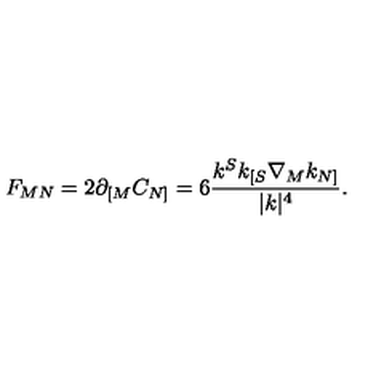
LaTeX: F _ { M N } = 2 \partial _ { [ M } C _ { N ] } = 6 { \frac { k ^ { S } k _ { [ S } \nabla _ { M } k _ { N ] } } { | k | ^ { 4 } } } .